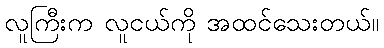
လူကြီးက လူငယ်ကို အထင်သေးတယ်။